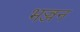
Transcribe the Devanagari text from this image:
भज्जन